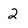
Character: 2